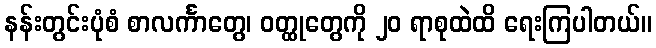
နန်းတွင်းပုံစံ စာလင်္ကာတွေ၊ ဝတ္ထုတွေကို ၂၀ ရာစုထဲထိ ရေးကြပါတယ်။